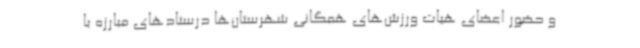
و حضور اعضای هیات ورزش‌های همگانی شهرستان‌ها درستادهای مبارزه با